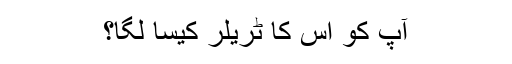
آپ کو اس کا ٹریلر کیسا لگا؟